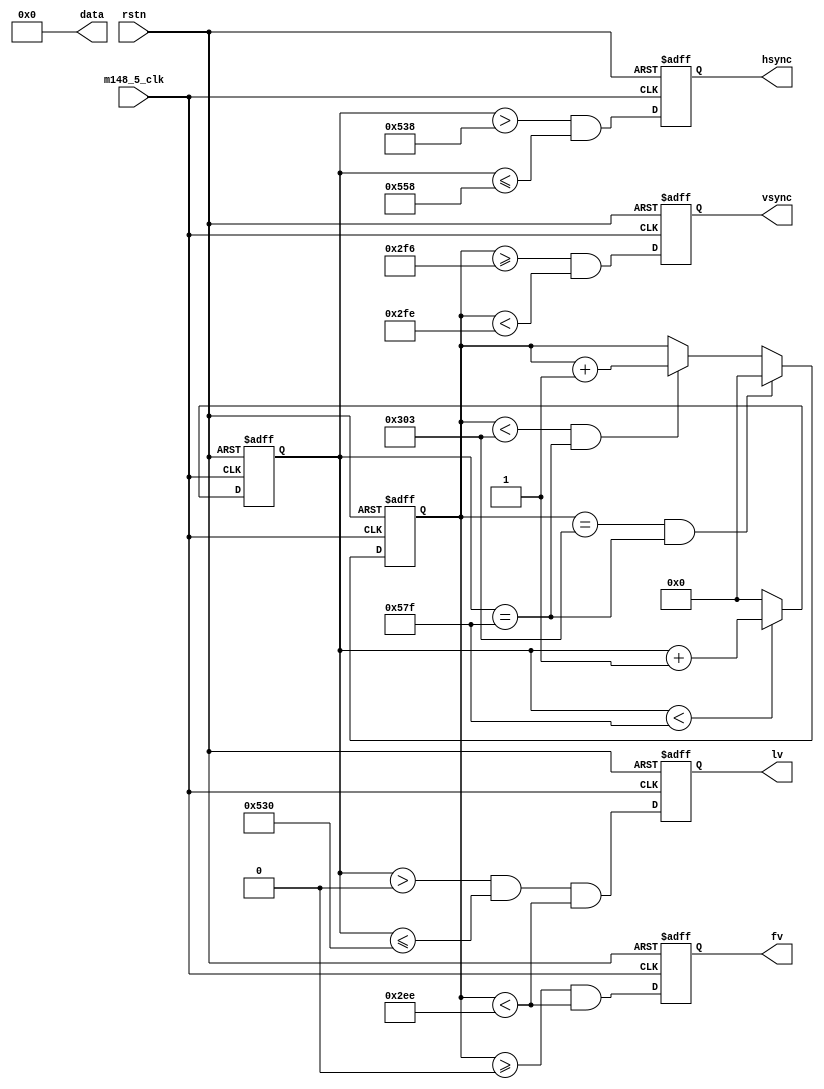
// --------------------------------------------------------------------
// >>>>>>>>>>>>>>>>>>>>>>>>> COPYRIGHT NOTICE <<<<<<<<<<<<<<<<<<<<<<<<<
// --------------------------------------------------------------------
// Copyright (c) 2013 by Lattice Semiconductor Corporation
// --------------------------------------------------------------------
//
// Permission:
//
//   Lattice Semiconductor grants permission to use this code for use
//   in synthesis for any Lattice programmable logic product.  Other
//   use of this code, including the selling or duplication of any
//   portion is strictly prohibited.
//
// Disclaimer:
//
//   This VHDL or Verilog source code is intended as a design reference
//   which illustrates how these types of functions can be implemented.
//   It is the user's responsibility to verify their design for
//   consistency and functionality through the use of formal
//   verification methods.  Lattice Semiconductor provides no warranty
//   regarding the use or functionality of this code.
//
// --------------------------------------------------------------------
//           
//                     Lattice Semiconductor Corporation
//                     5555 NE Moore Court
//                     Hillsboro, OR 97214
//                     U.S.A
//
//                     TEL: 1-800-Lattice (USA and Canada)
//                          408-826-6000 (other locations)
//
//                     web: http://www.latticesemi.com/
//
// --------------------------------------------------------------------
//
// colorbar_gen.v -- MIPI DSI TX Bridge Reference Design
// 
//
// --------------------------------------------------------------------
//
// Revision History :
// --------------------------------------------------------------------
//   Ver  :| Author            :| Mod. Date :| Changes Made:
//   V1.0 :| APPS_LHQ          :| 07/16/13  :| Initial Release
//------------------------------------------------------------------------------------------------------------------------------------------




module colorbar_gen #(
    parameter h_active      = 'd1328     ,
    parameter h_total       = 'd1408     ,
    parameter v_active      = 'd750     ,
    parameter v_total       = 'd772     ,
    parameter H_FRONT_PORCH =   'd8     ,
    parameter H_SYNCH       =   'd32     ,
    parameter H_BACK_PORCH  =  'd40     ,
    parameter V_FRONT_PORCH =    'd8     ,
    parameter V_SYNCH       =    'd8     ,
    parameter mode          =     0         //0 = colorbar, 1 = walking 1's
)
( 
    input                     rstn       ,  
    input                     m148_5_clk , 
    output         reg        fv         , 
    output         reg        lv         , 
    output  [23:0]            data       ,
    output         reg        vsync      ,
    output         reg        hsync      
); 
 
    reg [11:0] pixcnt; 
    reg [11:0] linecnt;
    reg [11:0] color_cntr;	

    always @(posedge m148_5_clk or negedge rstn) begin 
       if (!rstn) begin 
       	  pixcnt    <= 12'd0; 
       	  
       	  linecnt   <= 12'd0;
       	  
       	  lv        <= 1'b0;  
       	  fv        <= 1'b0;                                  
           
          hsync     <= 0;
          vsync     <= 0;         
       end                                   
       else begin 
          pixcnt    <= (pixcnt<h_total-1) ? pixcnt+1 : 0;  
                    
          linecnt   <= (linecnt==v_total-1 && pixcnt ==h_total-1)  ? 0         :  
                       (linecnt< v_total-1 && pixcnt ==h_total-1)  ? linecnt+1 : linecnt; 
       	            
       	  lv        <= (pixcnt>12'd0)   & (pixcnt<=h_active) & (linecnt<v_active); 
       	  fv        <= (linecnt>=12'd0) & (linecnt<v_active);
       	            
       	  hsync     <= (pixcnt>h_active+H_FRONT_PORCH)   & (pixcnt<=h_active+H_FRONT_PORCH+H_SYNCH); 
          vsync     <= (linecnt>=v_active+V_FRONT_PORCH) & (linecnt<v_active+V_FRONT_PORCH+V_SYNCH);       	   
       end 
    end   
    
	always @(posedge m148_5_clk or negedge rstn)
	    if(!rstn)
	         color_cntr <= 0;
	    else
	         color_cntr <= lv ? color_cntr+1 : 0;
generate
    if (mode==1)	                 	         
        assign data = color_cntr<160 ? {8'hFF, 8'hFF, 8'hFF} :
             color_cntr<320 ? {8'hFF, 8'hFF, 8'hFF} : {8'hFF, 8'hFF, 8'hFF} ;
    else 
        assign data = color_cntr<160 ? {8'h00, 8'h00, 8'h00} :
             color_cntr<320 ? {8'h00, 8'h00, 8'h00} : {8'h00, 8'h00, 8'h00} ;	          
endgenerate   	      
endmodule